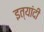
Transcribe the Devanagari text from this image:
इत्यांदी